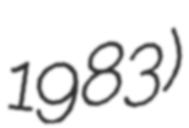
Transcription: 1983)